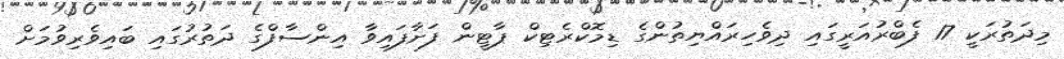
މިދަތުރަކީ 17 ފެބްރުއަރީގައި ދިވެހިރައްޔިތުންގެ ޑިމޮކްރެޓިކް ޕާޓީން ފަށާފައިވާ އިންސާފްގެ ދަތުރުގައި ބައިވެރިވުމަށް